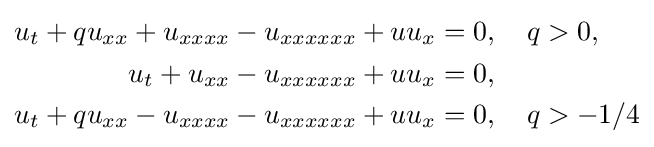
{\begin{aligned}u_{t}+qu_{xx}+u_{xxxx}-u_{xxxxxx}+uu_{x}&=0,\quad q>0,\\u_{t}+u_{xx}-u_{xxxxxx}+uu_{x}&=0,\\u_{t}+qu_{xx}-u_{xxxx}-u_{xxxxxx}+uu_{x}&=0,\quad q>-1/4\\\end{aligned}}